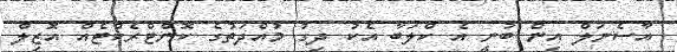
އާސެނަލް އިން ބުނީ އެ ކްލަބާ އެކު ދިގު މުއްދަތުގެ ކޮންޓްރެކްޓެއް އޮޒިލް